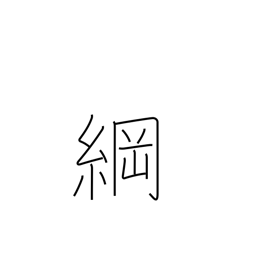
Meaning: hawser